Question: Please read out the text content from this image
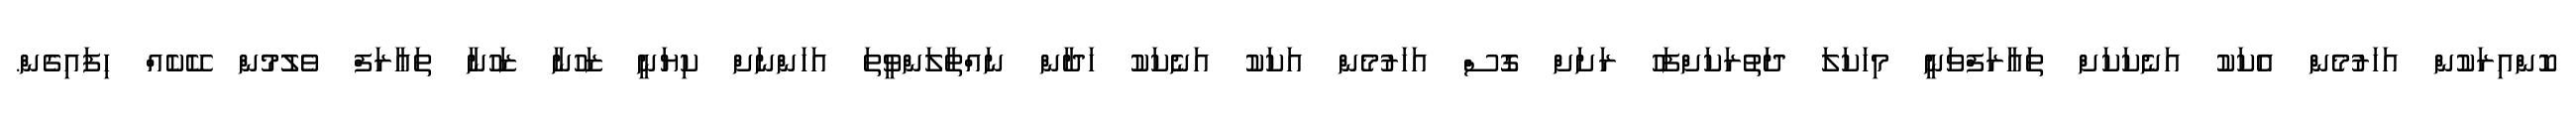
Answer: ކޮންއިރަކުން އަހަރުމެން އެކަކު އަނެކަކަށް ތައާރަފްވަނީ މިހަކަލަ ދަތުރަކަށްފަހު ރަށަށް ގޮސް އަހަރުމެން އަކަކު އަނެކަކު ހަދާން ނައްތާލަންވީތަ އަހަންނަށް ކިޔަނީ ޒަހުނާ ޒަހުނާ ތަޢާރަފް ވެލުމުން ކޭކެއް ހިފައިގެން.